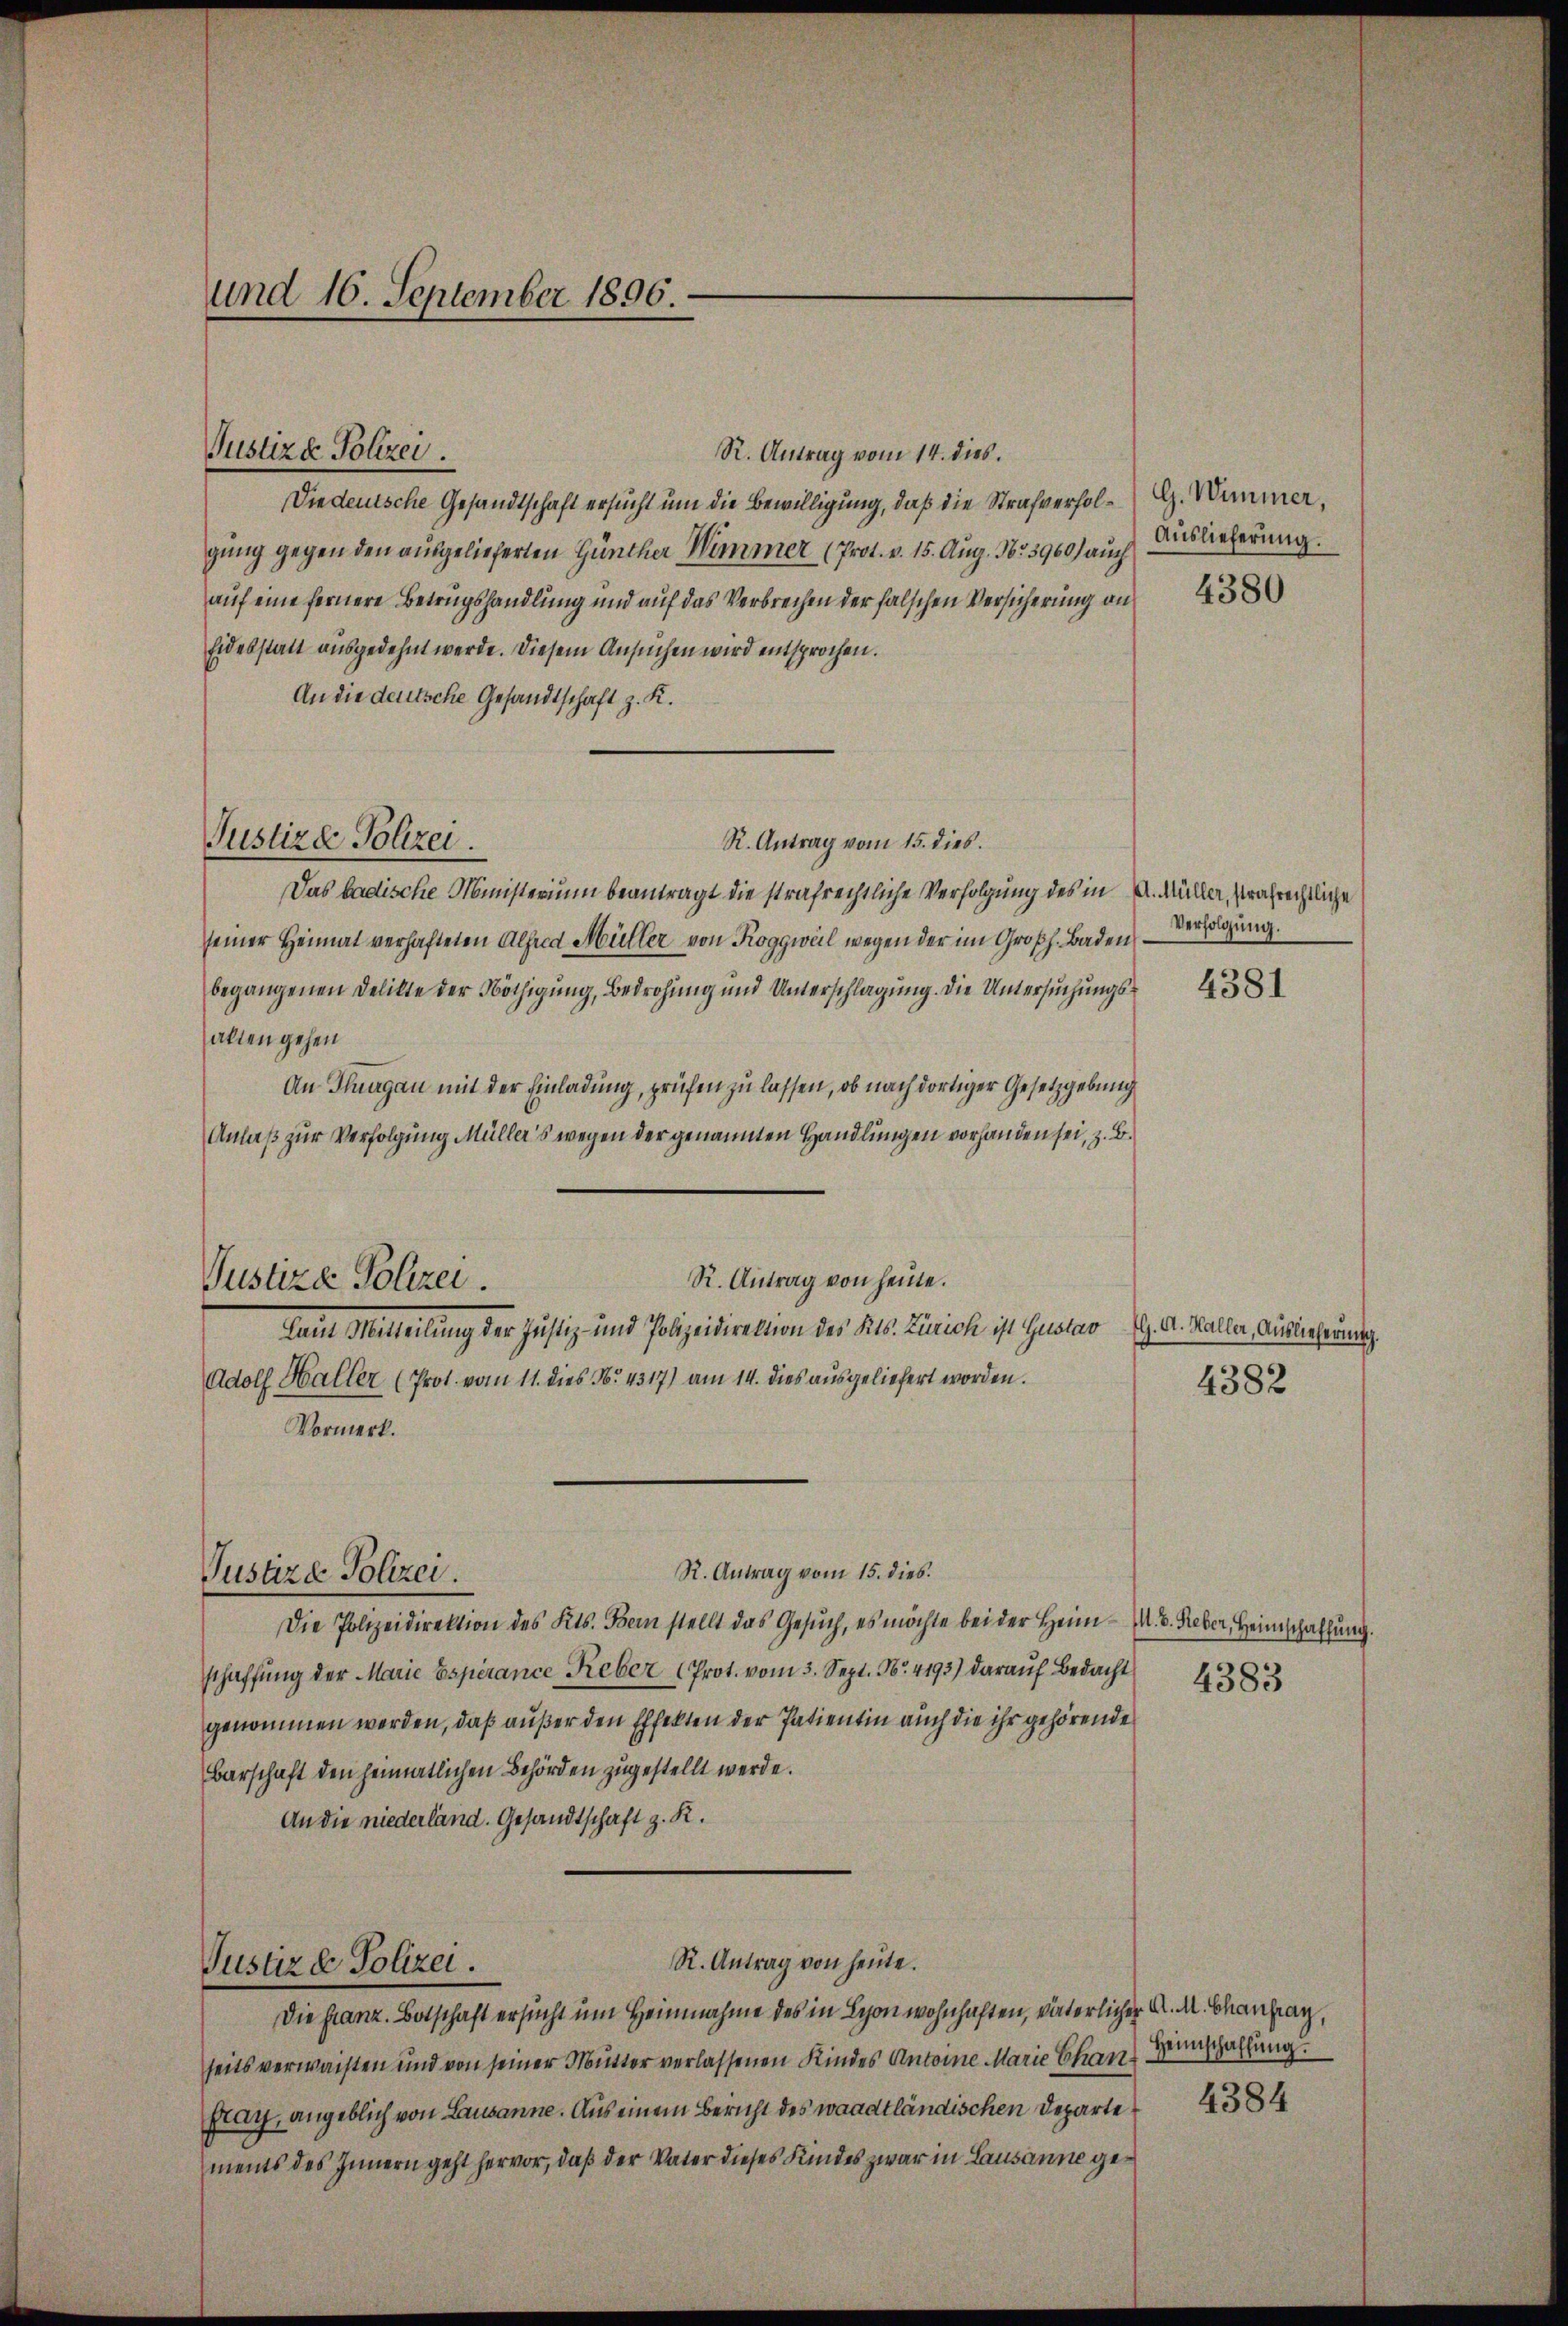
und 16. September 1896.

Justiz & Polizei

Justizde Polizei.

R. Antrag vom 14. dies.
Diedensche Gesandtschaft ersucht um die Bewilligung, daß die Strafverfolgung gegen den ausgelieferten Günther Himmer (Prot. v. 15. Aug. 1855960) auch Biblieferung.
auf eine fernere Betrugshandlung und auf das Verbrechen der falschen Versicherung an¬
Eidesstatt ausgedehnt werde. Diesem Ansuchen wird entsprochen.
An die deutsche Gesandtschaft z. K.
R. Antrag vom 15. dies.
Das badische Ministerium beantragt die strafrechtliche Verfolgung des in u. Müller, strafrechtliche
seiner Heimat verhafteten Alfred Müller von Roggweil wegen der im Großh. Baden Verfügŭng.
begangenen Delikte der Nöthigung, Bedrohung und Unterschlagung. Die Untersuchungsalten gehen
An Thurgau mit der Einladung, prüfen zu lassen, ob nach dortiger Gesetzgebung
Anlaß zur Verfolgung Müller's wegen der genannten Handlungen vorhanden sei, z. B.
R. Antrag von heute.
Justiza Polizei.
lain Mitteilung der Justiz- und Polizeidirektion des Kts. Zürich ist Gustav
Adolf Haller (Prot. vom 11. dies No. 4317) am 14. dies ausgeliefert worden.
Vormerk.
R. Antrag vom 15. dies
Justize Polizei.
Die Polizeidirektion des Kts. Bein stellt das Gesŭch, es möchte bei der Heim- M. D. Reber, Heimschaffung.
schaffŭng der Marie Espérance Reber (Prot. vom 3. Sept. Nr. 4193) daraŭf Bedacht 4382
genommen worden, daß außer den Effekten der Patientin auch die ihr gehörende
Barschaft den heimatlichen Behörden zugestellt werde.
An die niederland. Gesandtschaft z. R.

R. Antrag von heute.
Justiz & Polizei.
Die Franz. Botschaft ersucht um Heinnahme des in Leon wohnhaften, väterlicher A. M. Brantrag,

seits verwaisten und von seiner Mutter verlassenen Kindes Antoine Marie Chan¬
Fray, angeblich von Lausanne. Aus einem Bericht des waadtländischen Departe
ments des Innern geht hervor, daß der Vater dieses Kindes zwar in Lausanne ge¬

G. Wimmer,

4380

4381

G. A. Haller, Auslieferung.

4382

Heimschaffung.

4384